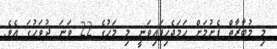
މި މުބާރާތް ފެށުމަށް ހަމަޖެހިފައިވަނީ މި މަހުގެ 22 ވަނަ ދުވަހުގަ އެވެ.